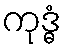
ကုဒ္ဓံ